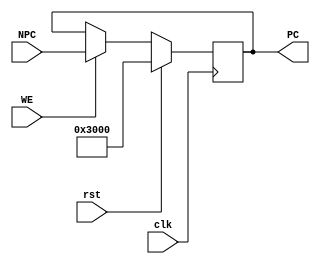
module PC (
    input wire clk,
    input wire rst,
    input wire WE,
    input wire [31:0] NPC,
    output reg [31:0] PC
);
    /*
        Program Counter
        Address space: 0x00003000-0x00006FFF
    */
    initial begin
        PC = 32'h00003000;
    end

    always @(posedge clk) begin
        if (rst) begin
            PC <= 32'h00003000;
        end 
        else if (WE) begin
            PC <= NPC;
        end
    end
endmodule